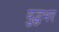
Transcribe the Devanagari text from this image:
युद्धभर